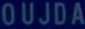
OUJDA